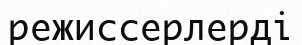
режиссерлерді